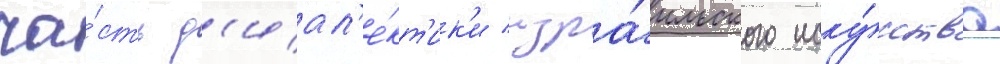
ча́сть д'иал'е́кт'ик'и изра́ильского иску́сства